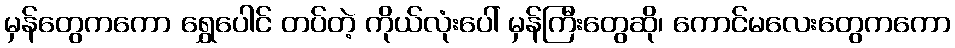
မှန်တွေကကော ရွှေပေါင် တပ်တဲ့ ကိုယ်လုံးပေါ် မှန်ကြီးတွေဆို၊ ကောင်မလေးတွေကကော